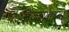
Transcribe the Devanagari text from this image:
मजल्यांच्या